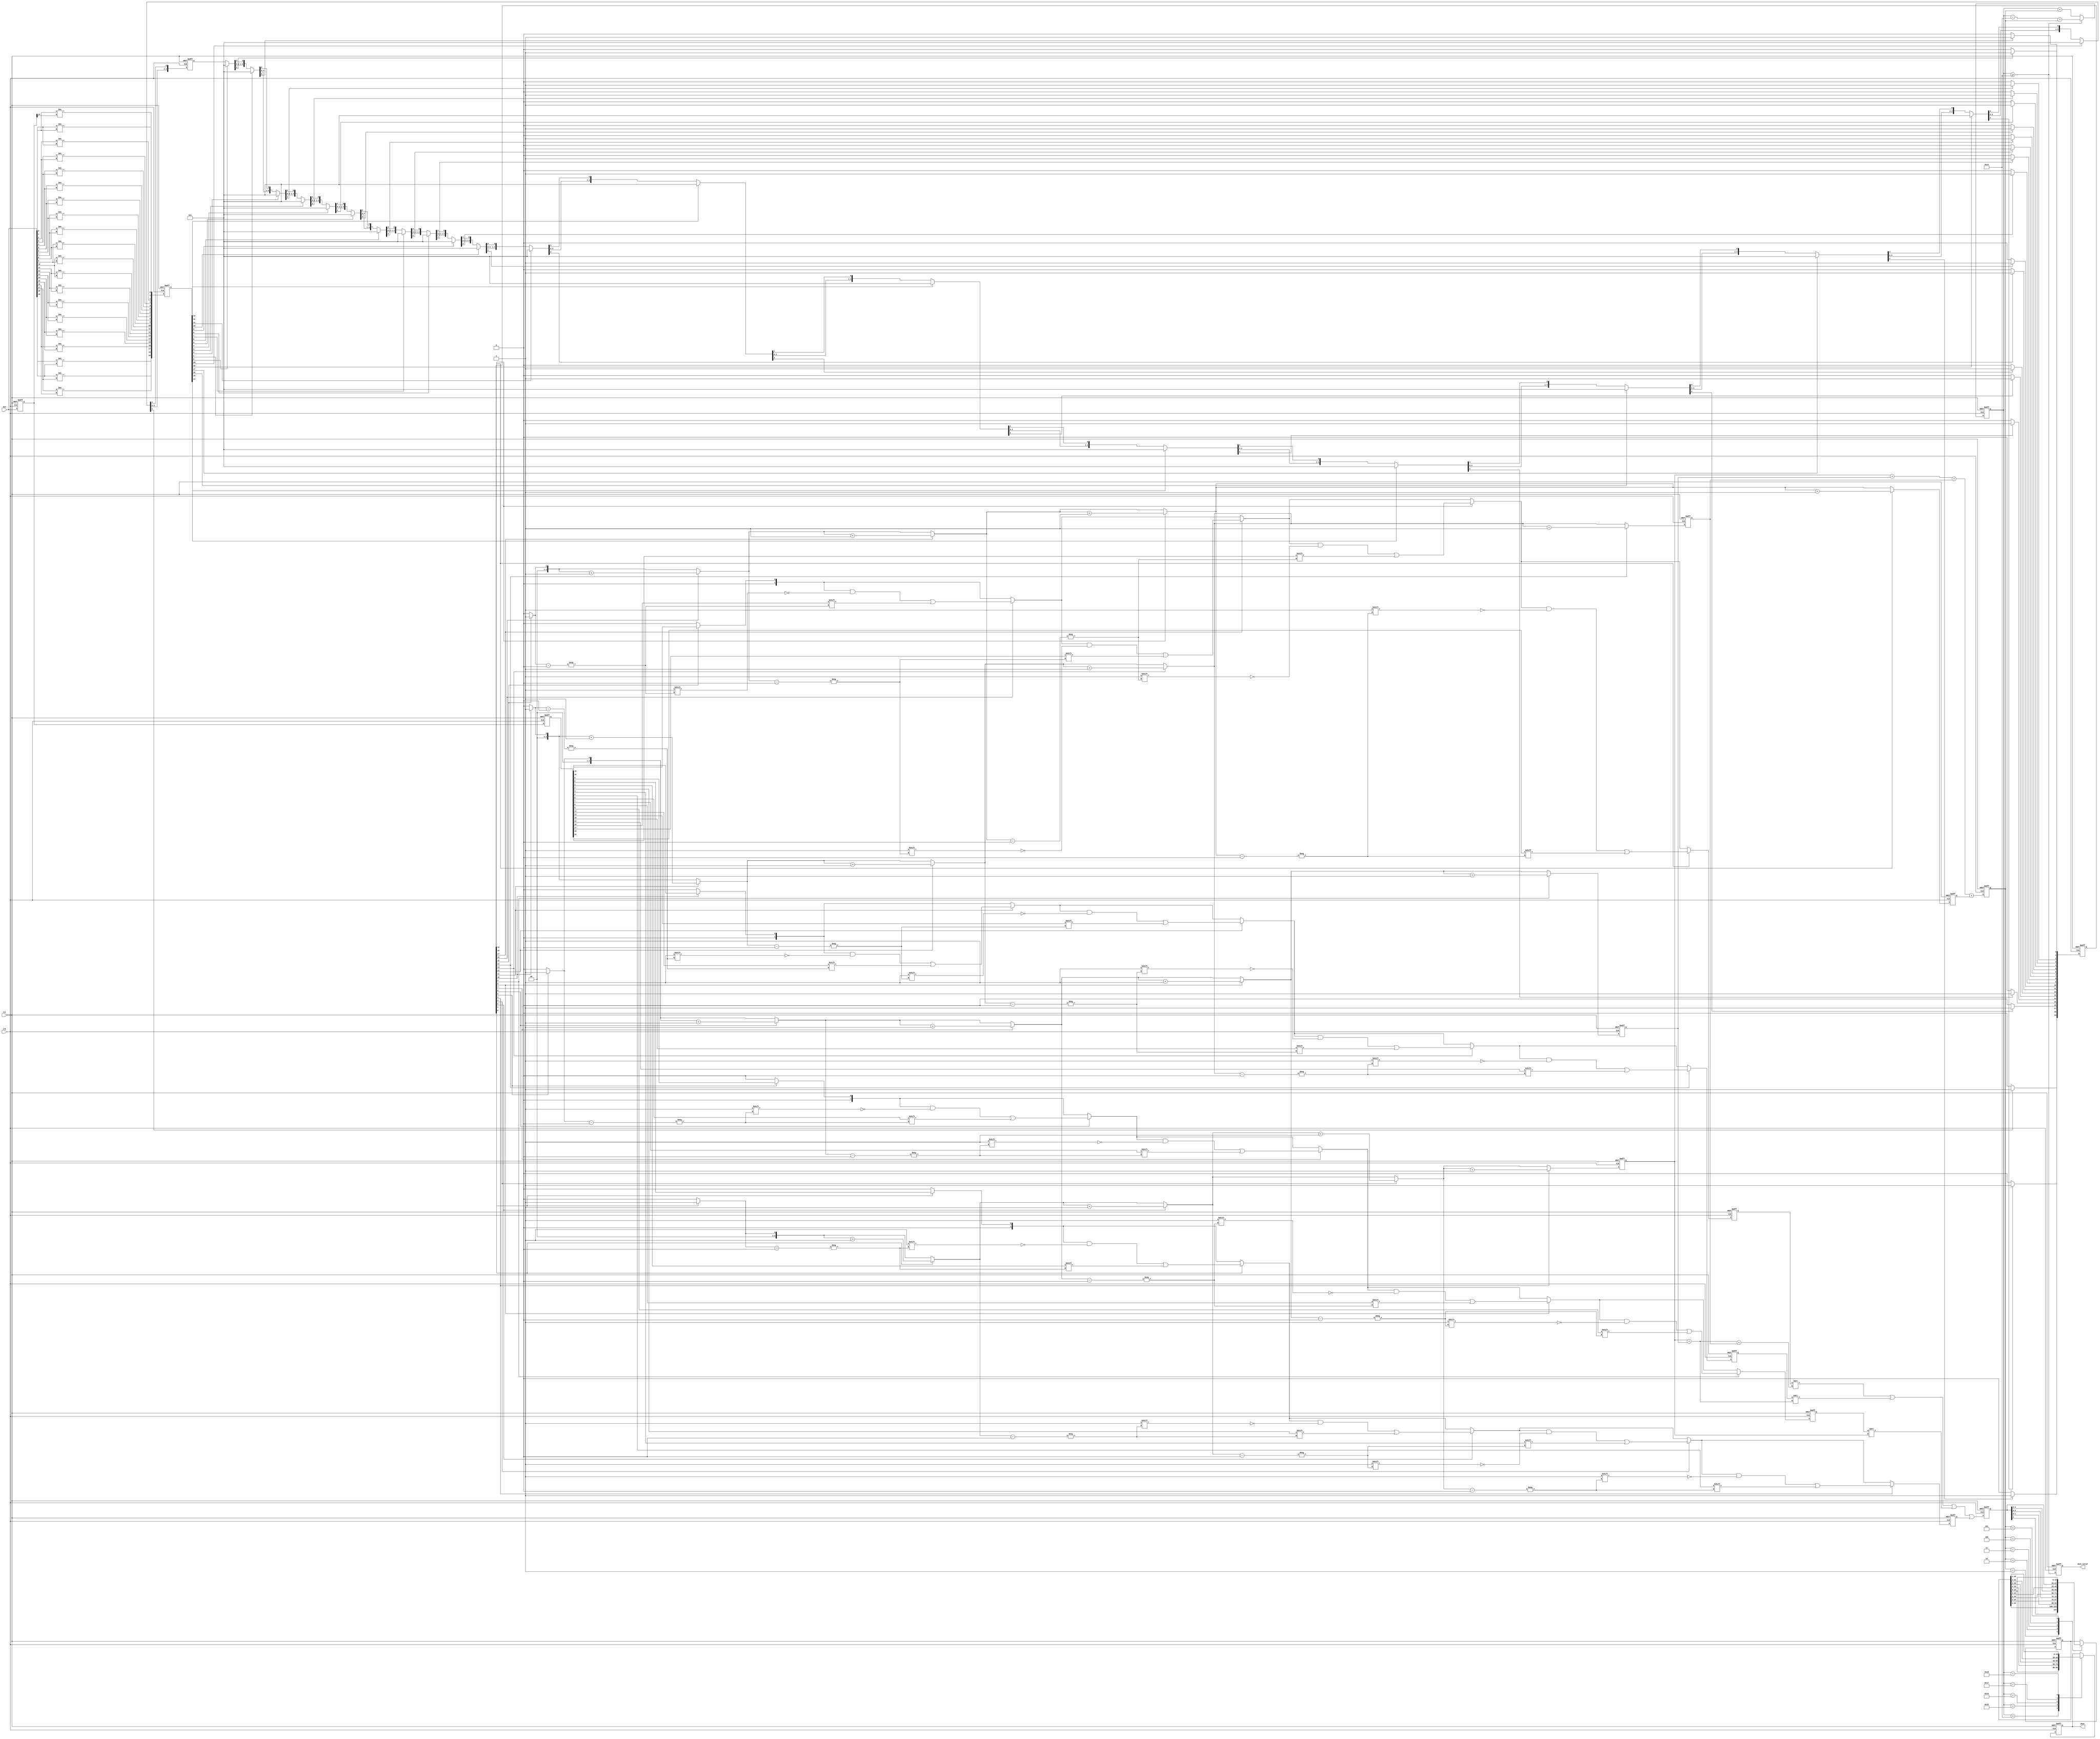
// (C) 2001-2018 Intel Corporation. All rights reserved.
// Your use of Intel Corporation's design tools, logic functions and other 
// software and tools, and its AMPP partner logic functions, and any output 
// files from any of the foregoing (including device programming or simulation 
// files), and any associated documentation or information are expressly subject 
// to the terms and conditions of the Intel Program License Subscription 
// Agreement, Intel FPGA IP License Agreement, or other applicable 
// license agreement, including, without limitation, that your use is for the 
// sole purpose of programming logic devices manufactured by Intel and sold by 
// Intel or its authorized distributors.  Please refer to the applicable 
// agreement for further details.


module mr_rx_oversample #(   
   parameter [6:0]                 DIN_WIDTH       = 7'd20,   // Width of din
   parameter [4:0]                 DOUT_WIDTH      = 5'd20,   // Width of dout
   parameter [5:0]                 SAMPLE_INTERVAL = 6'd5,    // Sample repeat period in absence of transition aka oversampling ratio
   parameter [SAMPLE_INTERVAL-1:0] SAMPLE_MASK     = 5'b00100 // Position of sample point(s) wrt transition		     
) (
   input  wire                  clk,       // Local clock running at sample rate / data width
   input  wire                  rst,       // Active high reset	
   input  wire [DIN_WIDTH-1:0]  din,       // Parallel sample data from transceiver
   output reg  [DOUT_WIDTH-1:0] dout,      // Parallel extracted data
   output reg                   dout_valid // Asserted for one clock cycle for each valid dout word
);

function integer alt_clogb2_pure;
   input [31:0] value;
   integer i;
   begin
      alt_clogb2_pure = 32;
      for (i=31; i>0; i=i-1) begin
         if (2**i >= value) begin
            alt_clogb2_pure = i;
         end
      end
   end
endfunction 

localparam MAX_SAMPLES_PER_WORD = DIN_WIDTH / SAMPLE_INTERVAL + 1;
localparam MAX_SAMPLES_PER_WORD_WIDTH = alt_clogb2_pure(MAX_SAMPLES_PER_WORD);
localparam ADDER_WIDTH = alt_clogb2_pure(DOUT_WIDTH+MAX_SAMPLES_PER_WORD);
   
//--------------------------------------------------------------------------------------------------
// Retime input from transceiver and detect transitions. A bit of "transition" is set to 1 when the
// corresponding bit in "din_d1" is different to the preceding bit (processed lsb first).
// e.g. if din_d1 contains 1100000111 then transition will be 0100001000.
//--------------------------------------------------------------------------------------------------
reg [DIN_WIDTH-1:0] din_d1;
reg [DIN_WIDTH-1:0] din_d2;
reg [DIN_WIDTH-1:0] transition;   
integer i;
   
always @ (posedge clk or posedge rst)
begin
   if (rst) begin
      din_d1 <= {{DIN_WIDTH}{1'b0}};
      din_d2 <= {{DIN_WIDTH}{1'b0}};
      transition <= {{DIN_WIDTH}{1'b0}};		
   end else begin
      for (i=0; i<DIN_WIDTH; i=i+1) begin
         din_d1[i] <= din[i];
         din_d2[i] <= din_d1[i];
         if (i==0) begin
            transition[0] <= (din[0]!=din_d1[DIN_WIDTH-1]);
         end else begin
            transition[i] <= (din[i]!=din[i-1]);
         end		  
      end		
   end
end
   
//--------------------------------------------------------------------------------------------------
// Sample data. Each bit of the received parallel word is processed in turn, lsb first. If the bit
// is a transition bit, then sample_pos is reset. sample_pos increments for non-transition bits,
// wrapping at the parameterized boundary which corresponds to the bit rate. Data is extracted when
// sample_pos is at a value corresponding to the centre sample of the incoming bit. Extracted data
// is pushed in to a shift register (with valid flag) for subsequent processing.
//--------------------------------------------------------------------------------------------------
reg [SAMPLE_INTERVAL-1:0] t_sample_pos, sample_pos; // A shift register rather than count is used for speed
reg [DIN_WIDTH-1:0]       t_sample_now, sample_now; // Asserted when sample_pos indicates data should be extracted
integer j;

// The t_sample_pos has to be kept running for every clock cycle.
always @ (*)
begin
   t_sample_pos = sample_pos;
   t_sample_now = {{DIN_WIDTH}{1'b0}};

   for (i=0; i<DIN_WIDTH; i=i+1) begin
      // Reset sample position tracker on transition
      if (transition[i]) begin
         t_sample_pos = {{(SAMPLE_INTERVAL-1){1'b0}}, 1'b1}; 
      end

      // Sample data points defined in mask,
      // Sample_now values are stored in a register array
      // for speed reasons.
      for (j=0; j<SAMPLE_INTERVAL; j=j+1) begin
         if (SAMPLE_MASK[j] & t_sample_pos[j]) begin
            t_sample_now[i] = 1'b1;
         end
      end

      // Increment sample tracker, wrapping at SAMPLE_INTERVAL
      t_sample_pos = {t_sample_pos[SAMPLE_INTERVAL-2:0], t_sample_pos[SAMPLE_INTERVAL-1]};
   end
end
 
always @ (posedge clk or posedge rst)
begin
   if (rst) begin
      sample_pos <= {(SAMPLE_INTERVAL){1'b0}};
      sample_now <= {{DIN_WIDTH}{1'b0}};
   end else begin
      sample_pos <= t_sample_pos;
      sample_now <= t_sample_now;
   end
end

// --------------------------------------------------------------------------------------------
// The generation of the "samples" word has now been split into four.  This was done for speed.
// There in the inclusion of an additional register stage so latency is increased.
// --------------------------------------------------------------------------------------------
reg [MAX_SAMPLES_PER_WORD/4:0]       t_samplesa, samplesa;
reg [MAX_SAMPLES_PER_WORD/4:0]       t_samplesb, samplesb;
reg [MAX_SAMPLES_PER_WORD/4:0]       t_samplesc, samplesc;
reg [MAX_SAMPLES_PER_WORD/4:0]       t_samplesd, samplesd;
reg [MAX_SAMPLES_PER_WORD_WIDTH-1:0] t_cnta, cnta;
reg [MAX_SAMPLES_PER_WORD_WIDTH-1:0] t_cntb, cntb; 
reg [MAX_SAMPLES_PER_WORD_WIDTH-1:0] t_cntc, cntc;
reg [MAX_SAMPLES_PER_WORD_WIDTH-1:0] t_cntd, cntd;
reg [MAX_SAMPLES_PER_WORD-1:0]       samples_data;
reg [MAX_SAMPLES_PER_WORD-1:0]       samples_per_word;
integer na, nb, nc, nd;
	
always @ (*)
begin
   t_samplesa = {(MAX_SAMPLES_PER_WORD/4+1){1'b0}};
   t_cnta = {(MAX_SAMPLES_PER_WORD_WIDTH){1'b0}};
 
   for (na=0; na<DIN_WIDTH/4; na=na+1) begin         
      if (sample_now[na]) begin
         t_samplesa[t_cnta] = din_d2[na];
         t_cnta = t_cnta + {{(MAX_SAMPLES_PER_WORD_WIDTH-1){1'b0}}, 1'b1};
      end
   end  
end

always @ (*)
begin
   t_samplesb = {(MAX_SAMPLES_PER_WORD/4+1){1'b0}};
   t_cntb = {(MAX_SAMPLES_PER_WORD_WIDTH){1'b0}};
   
   for (nb=DIN_WIDTH/4; nb<DIN_WIDTH/2; nb=nb+1) begin       
      if (sample_now[nb]) begin
         t_samplesb[t_cntb] = din_d2[nb];
         t_cntb = t_cntb + {{(MAX_SAMPLES_PER_WORD_WIDTH-1){1'b0}}, 1'b1};
      end
   end
end

always @ (*)
begin
   t_samplesc = {(MAX_SAMPLES_PER_WORD/4+1){1'b0}};
   t_cntc = {(MAX_SAMPLES_PER_WORD_WIDTH){1'b0}};
   
   for (nc=DIN_WIDTH/2; nc<DIN_WIDTH*3/4; nc=nc+1) begin        
      if (sample_now[nc]) begin
         t_samplesc[t_cntc] = din_d2[nc];
         t_cntc = t_cntc + {{(MAX_SAMPLES_PER_WORD_WIDTH-1){1'b0}}, 1'b1};
      end
   end
end

always @ (*)
begin
   t_samplesd = {(MAX_SAMPLES_PER_WORD/4+1){1'b0}};
   t_cntd = {(MAX_SAMPLES_PER_WORD_WIDTH){1'b0}};
   
   for (nd=DIN_WIDTH*3/4; nd<DIN_WIDTH; nd=nd+1) begin       
      if (sample_now[nd]) begin
         t_samplesd[t_cntd] = din_d2[nd];
         t_cntd = t_cntd + {{(MAX_SAMPLES_PER_WORD_WIDTH-1){1'b0}}, 1'b1};
      end
   end
end

always @ (posedge clk or posedge rst)
begin
   if (rst) begin
      samplesa         <= {(MAX_SAMPLES_PER_WORD/4+1){1'b0}};
      samplesb         <= {(MAX_SAMPLES_PER_WORD/4+1){1'b0}};
      samplesc         <= {(MAX_SAMPLES_PER_WORD/4+1){1'b0}};
      samplesd         <= {(MAX_SAMPLES_PER_WORD/4+1){1'b0}};
      cnta             <= {(MAX_SAMPLES_PER_WORD_WIDTH){1'b0}};		
      cntb             <= {(MAX_SAMPLES_PER_WORD_WIDTH){1'b0}};
      cntc             <= {(MAX_SAMPLES_PER_WORD_WIDTH){1'b0}};
      cntd             <= {(MAX_SAMPLES_PER_WORD_WIDTH){1'b0}};
      samples_data     <= {(MAX_SAMPLES_PER_WORD){1'b0}};
      samples_per_word <= {(MAX_SAMPLES_PER_WORD){1'b0}};
   end else begin
      // Store extracted samples in shift register
      samplesa <= t_samplesa;
      samplesb <= t_samplesb;
      samplesc <= t_samplesc;
      samplesd <= t_samplesd;
      cnta <= t_cnta;		
      cntb <= t_cntb;
      cntc <= t_cntc;
      cntd <= t_cntd;		

      samples_data <= (samplesd << (cnta + cntb + cntc)) |
                      (samplesc << (cnta + cntb)) |
                      (samplesb << cnta) |
                      samplesa;					  
      samples_per_word <= cnta + cntb + cntc + cntd;	
   end 
end

//-----------------------------------------------------------------------------------------------------
// Convert sampled data into output words. Extracted data samples are removed from the shift
// register and loaded into a parallel word. Once the word is complete, it is output with a valid flag. 
//-----------------------------------------------------------------------------------------------------
reg [ADDER_WIDTH-1:0]                     total_accumulated_samples;
reg [DOUT_WIDTH+MAX_SAMPLES_PER_WORD-1:0] dout_sr;
wire                                      valid;
   
always @ (posedge clk or posedge rst)
begin
   if (rst) begin
      total_accumulated_samples <= {{ADDER_WIDTH}{1'b0}};
   end else begin
      if (total_accumulated_samples >= DOUT_WIDTH) begin
         total_accumulated_samples <= (total_accumulated_samples - DOUT_WIDTH) + samples_per_word;
      end else begin
         total_accumulated_samples <= total_accumulated_samples + samples_per_word;
      end
   end
end

assign valid = total_accumulated_samples >= DOUT_WIDTH;

always @ (posedge clk or posedge rst)
begin
   if (rst) begin
      dout_sr <= {{DOUT_WIDTH+MAX_SAMPLES_PER_WORD}{1'b0}};
   end else begin
      dout_sr <= dout_sr;
      case (samples_per_word)
         // Unfortunately, the for loop inside an case statement is forbidden by Quartus synthesizer!	
         //for (i=1; i<MAX_SAMPLES_PER_WORD; i=i+1) begin : rloop
         //   i: begin dout_sr <= {dout_sr[0+:DOUT_WIDTH+MAX_SAMPLES_PER_WORD-1-i], samples_data[0+:i]}; end
         //   default: begin dout_sr <= dout_sr; end
         //end
         // So manual edits is still required to the following case statement when MAX_SAMPLES_PER_WORD changes
         // Number of lines equal MAX_SAMPLES_PER_WORD...			
         1      : begin dout_sr <= {samples_data[0+:1],  dout_sr[DOUT_WIDTH+MAX_SAMPLES_PER_WORD-1:1]}; end
         2      : begin dout_sr <= {samples_data[0+:2],  dout_sr[DOUT_WIDTH+MAX_SAMPLES_PER_WORD-1:2]}; end
         3      : begin dout_sr <= {samples_data[0+:3],  dout_sr[DOUT_WIDTH+MAX_SAMPLES_PER_WORD-1:3]}; end
         4      : begin dout_sr <= {samples_data[0+:4],  dout_sr[DOUT_WIDTH+MAX_SAMPLES_PER_WORD-1:4]}; end
         5      : begin dout_sr <= {samples_data[0+:5],  dout_sr[DOUT_WIDTH+MAX_SAMPLES_PER_WORD-1:5]}; end
         default: begin dout_sr <= dout_sr;                                                             end	   
      endcase
   end
end

always @ (posedge clk or posedge rst)
begin
   if (rst) begin
      dout <= {{DOUT_WIDTH}{1'b0}};
      dout_valid <= 1'b0;
   end else begin
      dout <= dout;
      dout_valid <= valid;
	
      case (total_accumulated_samples)
         //for (i=DOUT_WIDTH; i<DOUT_WIDTH+MAX_SAMPLES_PER_WORD; i=i+1) begin
         //   i: begin dout <= dout_sr[i-1:i-DOUT_WIDTH]; end
         //   default: begin dout <= dout; end
         //end
         DOUT_WIDTH   : begin dout <= dout_sr[(MAX_SAMPLES_PER_WORD)   +:DOUT_WIDTH]; end 
         DOUT_WIDTH+1 : begin dout <= dout_sr[(MAX_SAMPLES_PER_WORD-1) +:DOUT_WIDTH]; end 
         DOUT_WIDTH+2 : begin dout <= dout_sr[(MAX_SAMPLES_PER_WORD-2) +:DOUT_WIDTH]; end 
         DOUT_WIDTH+3 : begin dout <= dout_sr[(MAX_SAMPLES_PER_WORD-3) +:DOUT_WIDTH]; end 
         DOUT_WIDTH+4 : begin dout <= dout_sr[(MAX_SAMPLES_PER_WORD-4) +:DOUT_WIDTH]; end 
         default      : begin dout <= dout;                                           end
      endcase
   end
end

endmodule